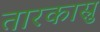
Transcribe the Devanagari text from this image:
तारकास्रु